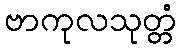
ဗာကုလသုတ္တံ